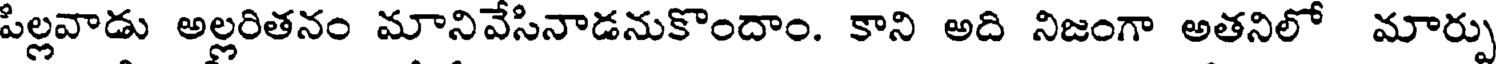
పిల్లవాడు అల్లరితనం మానివేసినాడనుకొందాం. కాని అది నిజంగా అతనిలో మార్పు